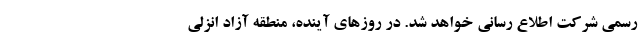
رسمی شرکت اطلاع رسانی خواهد شد. در روزهای آینده، منطقه آزاد انزلی